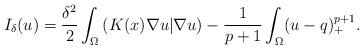
LaTeX: \begin{align*}I_\delta(u)=\frac{\delta^2}{2}\int_{\Omega}\left( K(x)\nabla u|\nabla u\right)-\frac{1}{p+1}\int_{\Omega}(u-q)^{p+1}_+.\end{align*}